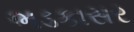
ભડકાસર